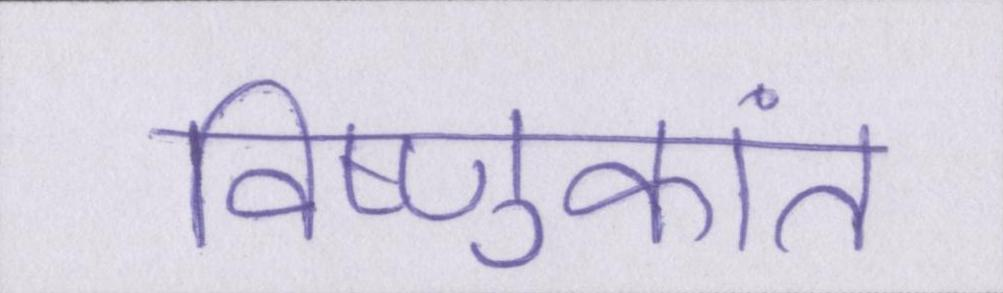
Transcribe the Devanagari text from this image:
विष्णुकांत